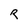
Character: R